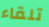
تلقاء